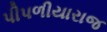
પીપળીયારાજ